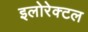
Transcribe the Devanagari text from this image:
इलोरेक्टल